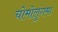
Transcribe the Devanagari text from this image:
चोमोलुंगमा